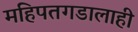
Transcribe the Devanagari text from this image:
महिपतगडालाही